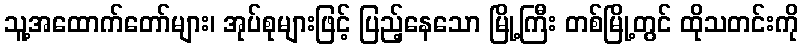
သူ့အထောက်တော်များ၊ အုပ်စုများဖြင့် ပြည့်နေသော မြို့ကြီး တစ်မြို့တွင် ထိုသတင်းကို